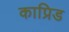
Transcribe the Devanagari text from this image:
काप्रिड